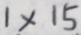
1 \times 1 5